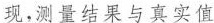
现，测量结果与真实值